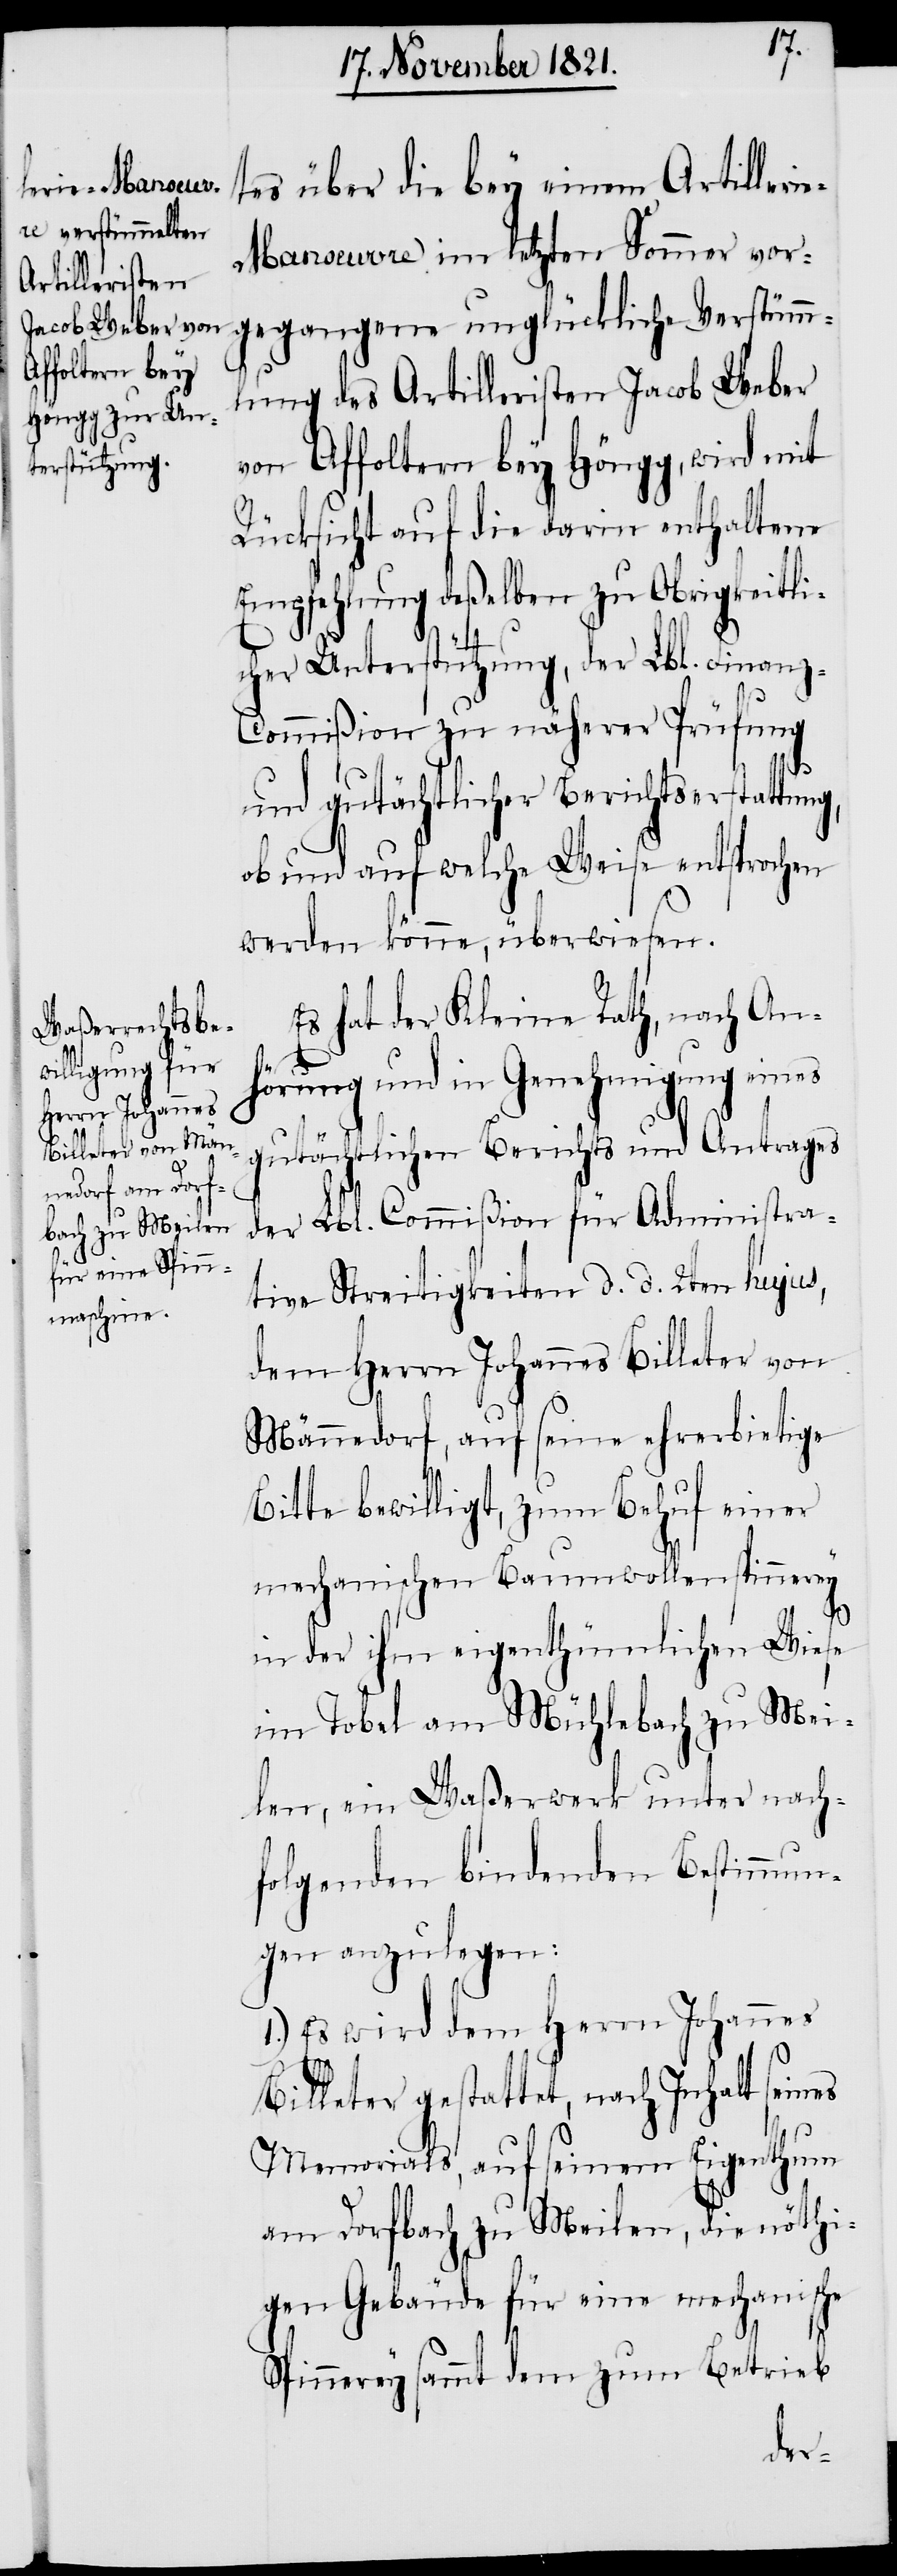
tes über die bey einem Artilleri¬
e-Manoevre im letzten Sommer vor¬
gegangene unglückliche Verstümm¬
lung des Artilleristen Jacob Weber
von Affoltern bey Höngg, wird mit
Rücksicht auf die darin enthaltene
Empfehlung deßelben zu Obrigkeitli¬
cher Unterstützung, der Lbl. Finan¬
z-Commißion zu näherer Prüfung
und gutächtlicher Berichtserstattun¬
ob und auf welche Weise entsprochen
werden könne, überwiesen.
Es hat der Kleine Rath, nach An¬
hörung und in Genehmigung eines
g,
gutächtlichen Berichts und Antrages
der Lbl. Commißion für Administra¬
tive Streitigkeiten d. d. 2ten hujus,
dem Herrn Johannes Billeter von
Männedorf, auf seine ehrerbietige
Bitte bewilligt, zum Behuf einer
mechanischen Baumwollenspinnerey
in der ihm eigenthümlichen Wiese
im Tobel am Mühlebach zu Mei¬
len, ein Waßerwerk unter nach¬
folgenden bindenden Bestimmun¬
gen anzulegen:
1.) Es wird dem Herrn Johannes
Billeter gestattet, nach Inhalt seines
Memorials, auf seinem Eigenthum
am Dorfbach zu Meilen, die nöthi¬
gen Gebäude für eine mechanische
Spinnerey sammt dem zum Betrieb